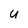
Character: U